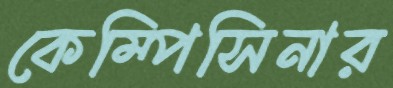
কেম্পিসিনার